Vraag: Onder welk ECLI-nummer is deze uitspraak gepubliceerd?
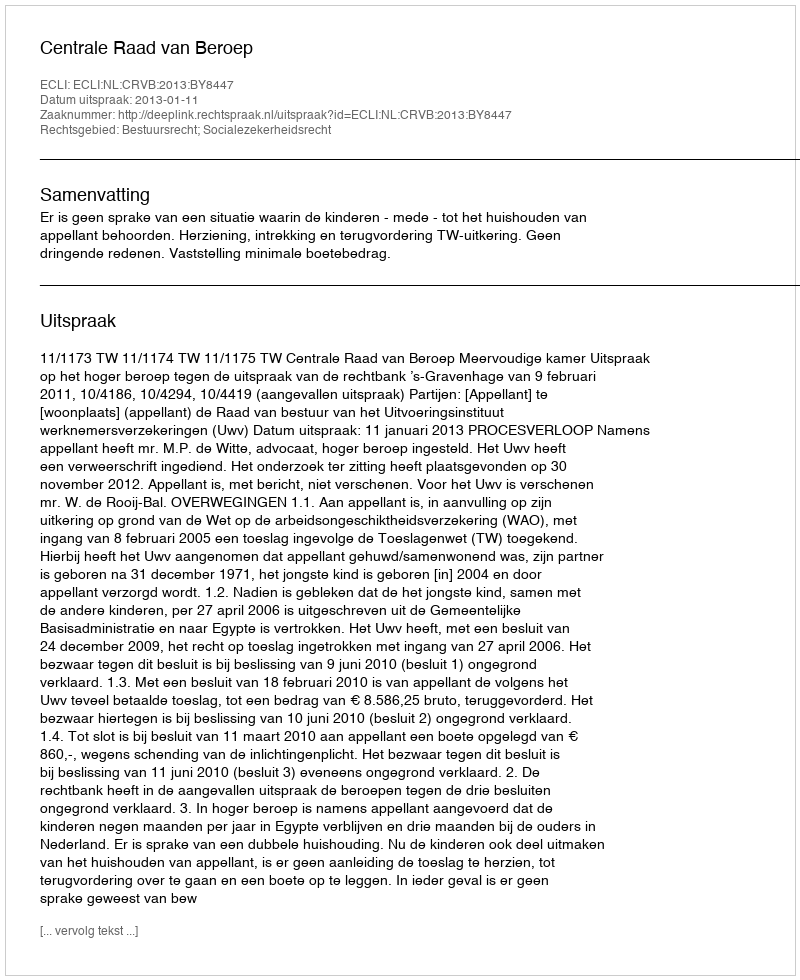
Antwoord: ECLI:NL:CRVB:2013:BY8447